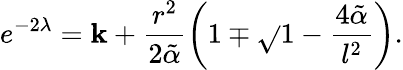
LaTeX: e^{-2\lambda}=\mathbf{k}+\frac{{r^{2}}}{{2\tilde{{\alpha}}}}\left(1\mp\sqrt{}{{1-\frac{{4\tilde{{\alpha}}}}{{l^{2}}}}}\right).